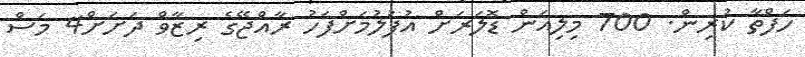
ހަފްތާ ކުރިން. 700 މިލިއަން ޑޮލަރަށް އުފުލުމަށްފަހު ރާއްޖޭގެ ރިޒާވް ދަށަށް4 މަސް